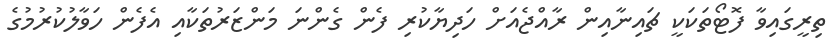
ތިރީގައިވާ ފޮޓޯތަކަކީ ޗައިނާއިން ރާއްޖެއަށް ހަދިޔާކުރި ފެން ގެންނަ މަންޒަރުތަކާއި އެފެން ހަވާލުކުރުމުގެ